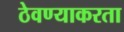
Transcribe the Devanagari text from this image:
ठेवण्याकरता